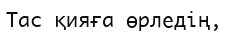
Тас қияға өрледің,